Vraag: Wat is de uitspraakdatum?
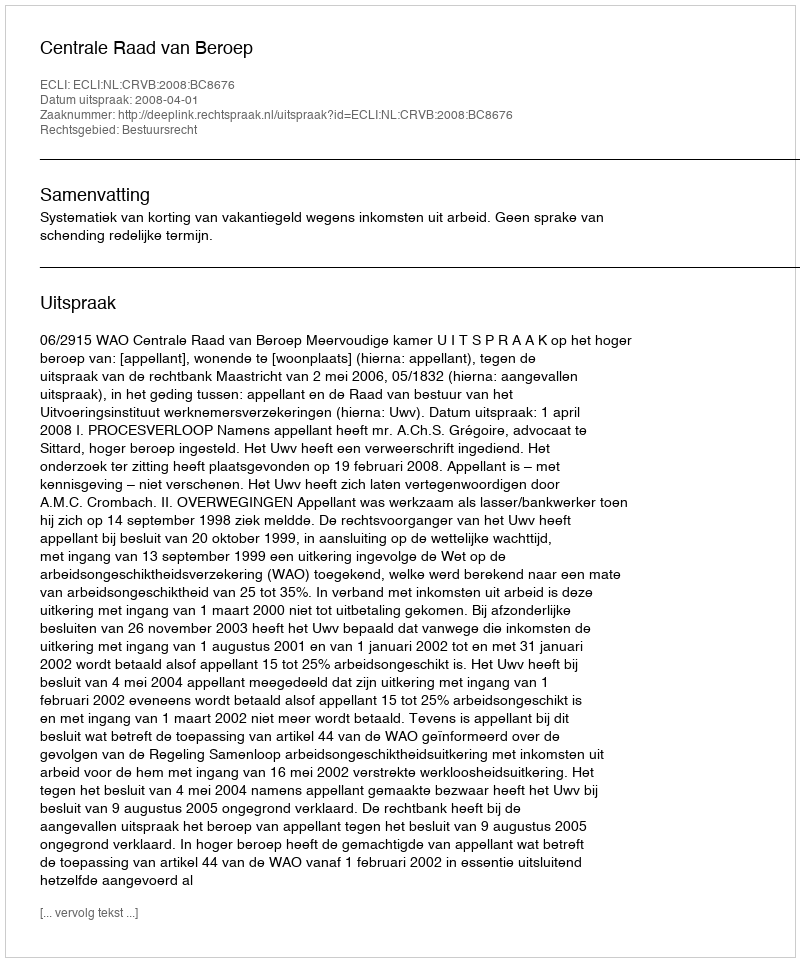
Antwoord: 2008-04-01